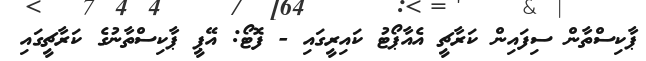
ޕާކިސްތާން ސިފައިން ކަރާޗީ އެއާޕޯޓު ކައިރީގައި - ފޮޓޯ: އޭޕީ ޕާކިސްތާނުގެ ކަރާޗީގައި